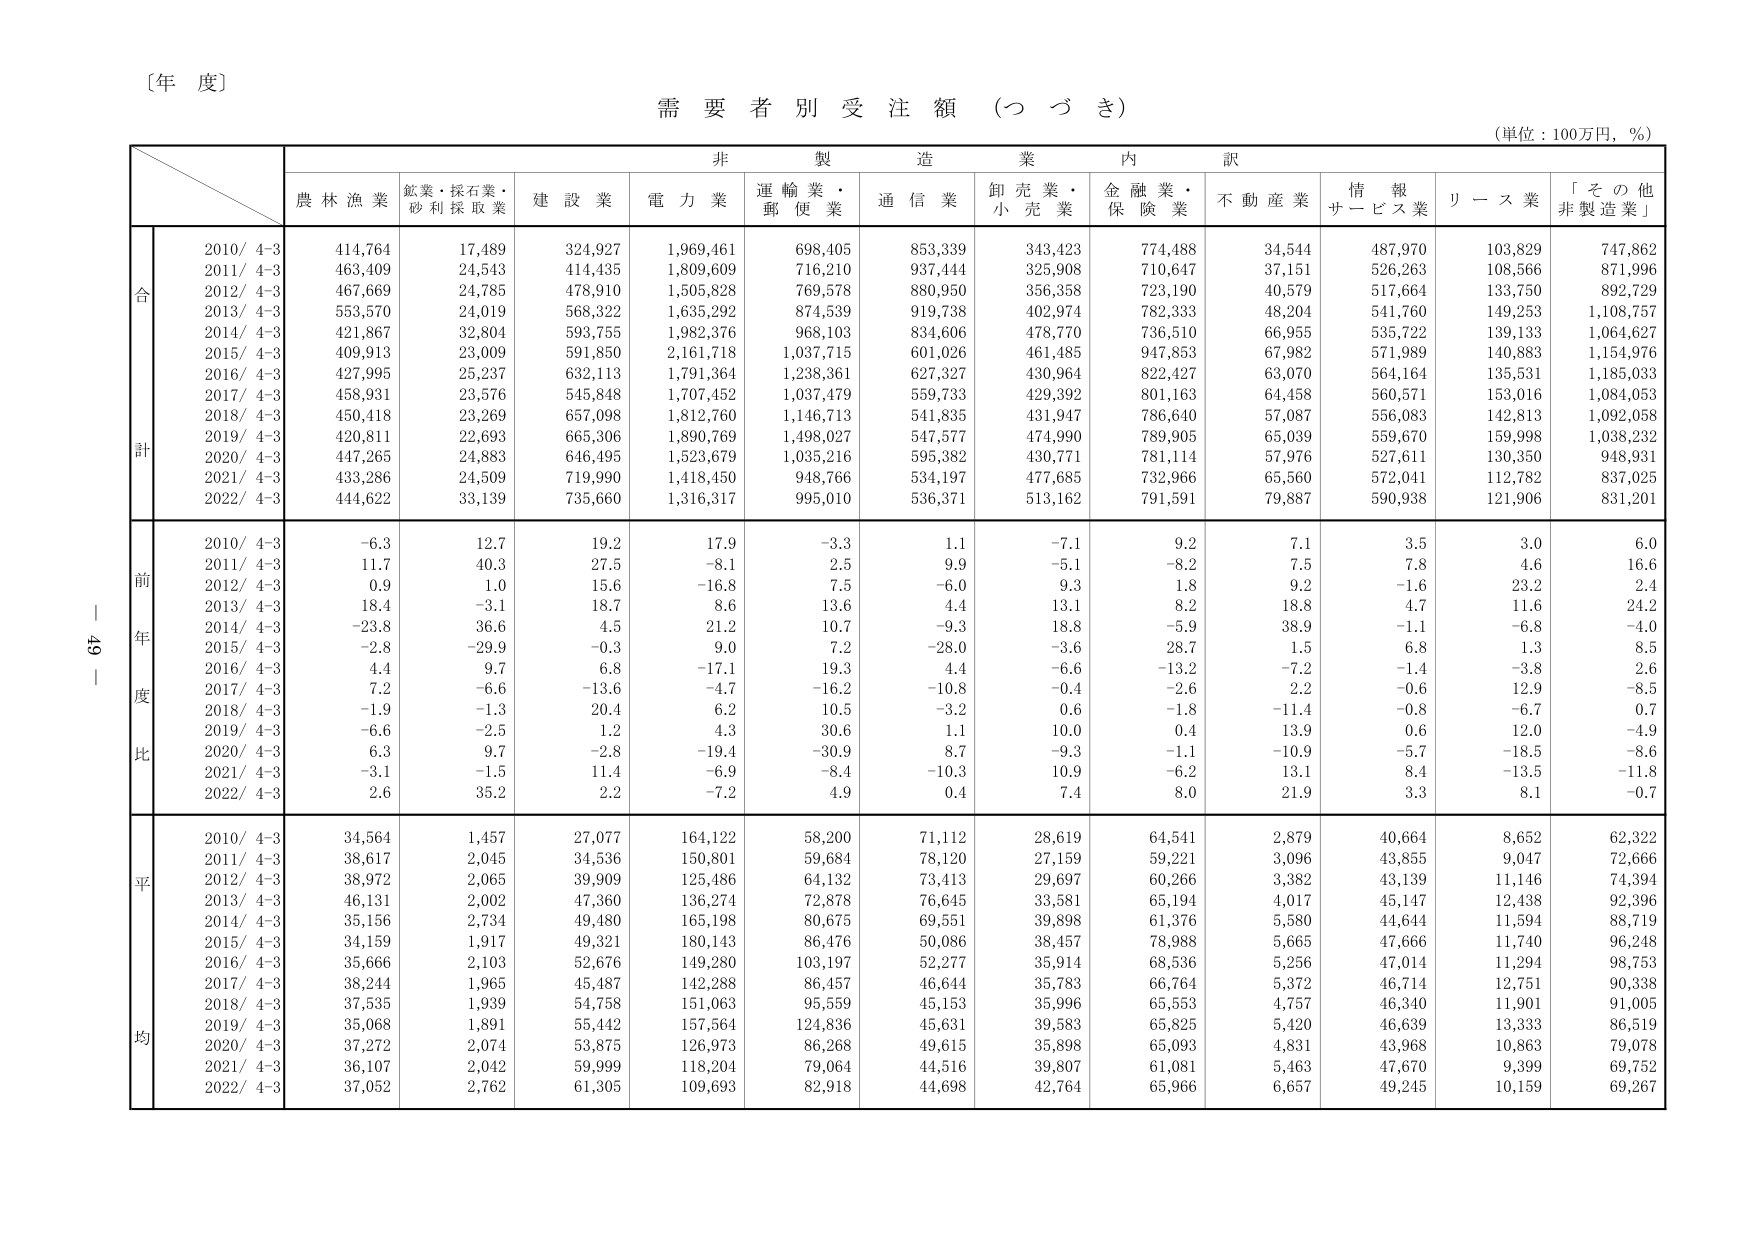
〔年 度〕
需要者別受注額（つづき）
（単位：100万円，％）

非製造業内訳
農林漁業　鉱業・採石業・砂利採取業　建設業　電力業　運輸業・郵便業　通信業　卸売業・小売業　金融業・保険業　不動産業　情報サービス業　リース業　「その他非製造業」

合計
2010/4-3　414,764　17,489　324,927　1,969,461　698,405　853,339　343,423　774,488　34,544　487,970　103,829　747,862
2011/4-3　463,409　24,543　414,435　1,809,609　716,210　937,444　325,908　710,647　37,151　526,263　108,566　871,996
2012/4-3　467,669　24,785　478,910　1,505,828　769,578　880,950　356,358　723,190　40,579　517,664　133,750　892,729
2013/4-3　553,570　24,019　568,322　1,635,292　874,539　919,738　402,974　782,333　48,204　541,760　149,253　1,108,757
2014/4-3　421,867　32,804　593,755　1,982,376　968,103　834,606　478,770　736,510　66,955　535,722　139,133　1,064,627
2015/4-3　409,913　23,009　591,850　2,161,718　1,037,715　601,026　461,485　947,853　67,982　571,989　140,883　1,154,976
2016/4-3　427,995　25,237　632,113　1,791,364　1,238,361　627,327　430,964　822,427　63,070　564,164　135,531　1,185,033
2017/4-3　458,931　23,576　545,848　1,707,452　1,037,479　559,733　429,392　801,163　64,458　560,571　153,016　1,084,053
2018/4-3　450,418　23,269　657,098　1,812,760　1,146,713　541,835　431,947　786,640　57,087　556,083　142,813　1,092,058
2019/4-3　420,811　22,693　665,306　1,890,769　1,498,027　547,577　474,990　789,905　65,039　559,670　159,998　1,038,232
2020/4-3　447,265　24,883　646,495　1,523,679　1,035,216　595,382　430,771　781,114　57,976　527,611　130,350　948,931
2021/4-3　433,286　24,509　719,990　1,418,450　948,766　534,197　477,685　732,966　65,560　572,041　112,782　837,025
2022/4-3　444,622　33,139　735,660　1,316,317　995,010　536,371　513,162　791,591　79,887　590,938　121,906　831,201

前年度比
2010/4-3　-6.3　12.7　19.2　17.9　-3.3　1.1　-7.1　9.2　7.1　3.5　3.0　6.0
2011/4-3　11.7　40.3　27.5　-8.1　2.5　9.9　-5.1　-8.2　7.5　7.8　4.6　16.6
2012/4-3　0.9　1.0　15.6　-16.8　7.5　-6.0　9.3　1.8　9.2　-1.6　23.2　2.4
2013/4-3　18.4　-3.1　18.7　8.6　13.6　4.4　13.1　8.2　18.8　4.7　11.6　24.2
2014/4-3　-23.8　36.6　4.5　21.2　10.7　-9.3　18.8　-5.9　38.9　-1.1　-6.8　-4.0
2015/4-3　-2.8　-29.9　-0.3　9.0　7.2　-28.0　-3.6　28.7　1.5　6.8　1.3　8.5
2016/4-3　4.4　9.7　6.8　-17.1　19.3　4.4　-6.6　-13.2　-7.2　-1.4　-3.8　2.6
2017/4-3　7.2　-6.6　-13.6　-4.7　-16.2　-10.8　-0.4　-2.6　2.2　-0.6　12.9　-8.5
2018/4-3　-1.9　-1.3　20.4　6.2　10.5　-3.2　0.6　-1.8　-11.4　-0.8　-6.7　0.7
2019/4-3　-6.6　-2.5　1.2　4.3　30.6　1.1　10.0　0.4　13.9　0.6　12.0　-4.9
2020/4-3　6.3　9.7　-2.8　-19.4　-30.9　8.7　-9.3　-1.1　-10.9　-5.7　-18.5　-8.6
2021/4-3　-3.1　-1.5　11.4　-6.9　-8.4　-10.3　10.9　-6.2　13.1　8.4　-13.5　-11.8
2022/4-3　2.6　35.2　2.2　-7.2　4.9　0.4　7.4　8.0　21.9　3.3　8.1　-0.7

平均
2010/4-3　34,564　1,457　27,077　164,122　58,200　71,112　28,619　64,541　2,879　40,664　8,652　62,322
2011/4-3　38,617　2,045　34,536　150,801　59,684　78,120　27,159　59,221　3,096　43,855　9,047　72,666
2012/4-3　38,972　2,065　39,909　125,486　64,132　73,413　29,697　60,266　3,382　43,139　11,146　74,394
2013/4-3　46,131　2,002　47,360　136,274　72,878　76,645　33,581　65,194　4,017　45,147　12,438　92,396
2014/4-3　35,156　2,734　49,480　165,198　80,675　69,551　39,898　61,376　5,580　44,644　11,594　88,719
2015/4-3　34,159　1,917　49,321　180,143　86,476　50,086　38,457　78,988　5,665　47,666　11,740　96,248
2016/4-3　35,666　2,103　52,676　149,280　103,197　52,277　35,914　68,536　5,256　47,014　11,294　98,753
2017/4-3　38,244　1,965　45,487　142,288　86,457　46,644　35,783　66,764　5,372　46,714　12,751　90,338
2018/4-3　37,535　1,939　54,758　151,063　95,559　45,153　35,996　65,553　4,757　46,340　11,901　91,005
2019/4-3　35,068　1,891　55,442　157,564　124,836　45,631　39,583　65,825　5,420　46,639　13,333　86,519
2020/4-3　37,272　2,074　53,875　126,973　86,268　49,615　35,898　65,093　4,831　43,968　10,863　79,078
2021/4-3　36,107　2,042　59,999　118,204　79,064　44,516　39,807　61,081　5,463　47,670　9,399　69,752
2022/4-3　37,052　2,762　61,305　109,693　82,918　44,698　42,764　65,966　6,657　49,245　10,159　69,267

49